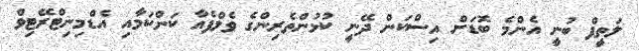
ލަތީފް ބުނީ އެންމެ ބޮޑަށް އިސްކަން ދޭނީ ކުޅުންތެރިންގެ ވެލްފެއާ ކަންކަމާއި އެޑްމިނިޓްރޭޓިވް